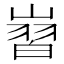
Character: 㠄